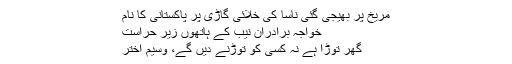
مریخ پر بھیجی گئی ناسا کی خلائی گاڑی پر پاکستانی کا نام
خواجہ برادران نیب کے ہاتھوں زیر حراست
گھر توڑا ہے نہ کسی کو توڑنے دیں گے، وسیم اختر